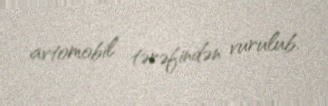
avtomobil tərəfindən vurulub.